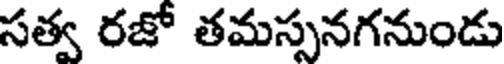
సత్వ రజో తమస్సనగనుండు